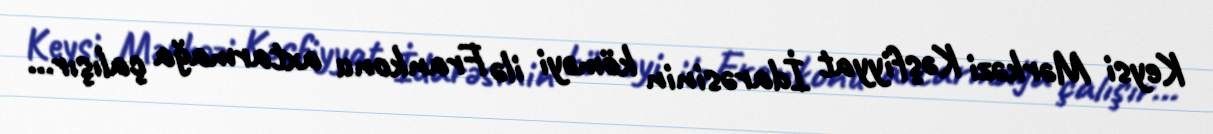
Keysi Mərkəzi Kəşfiyyat İdarəsinin köməyi ilə Frankonu axtarmağa çalışır...